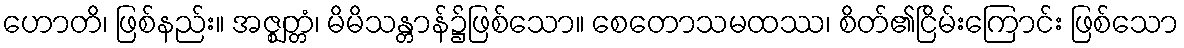
ဟောတိ၊ ဖြစ်နည်း။ အဇ္ဈတ္တံ၊ မိမိသန္တာန်၌ဖြစ်သော။ စေတောသမထဿ၊ စိတ်၏ငြိမ်းကြောင်း ဖြစ်သော